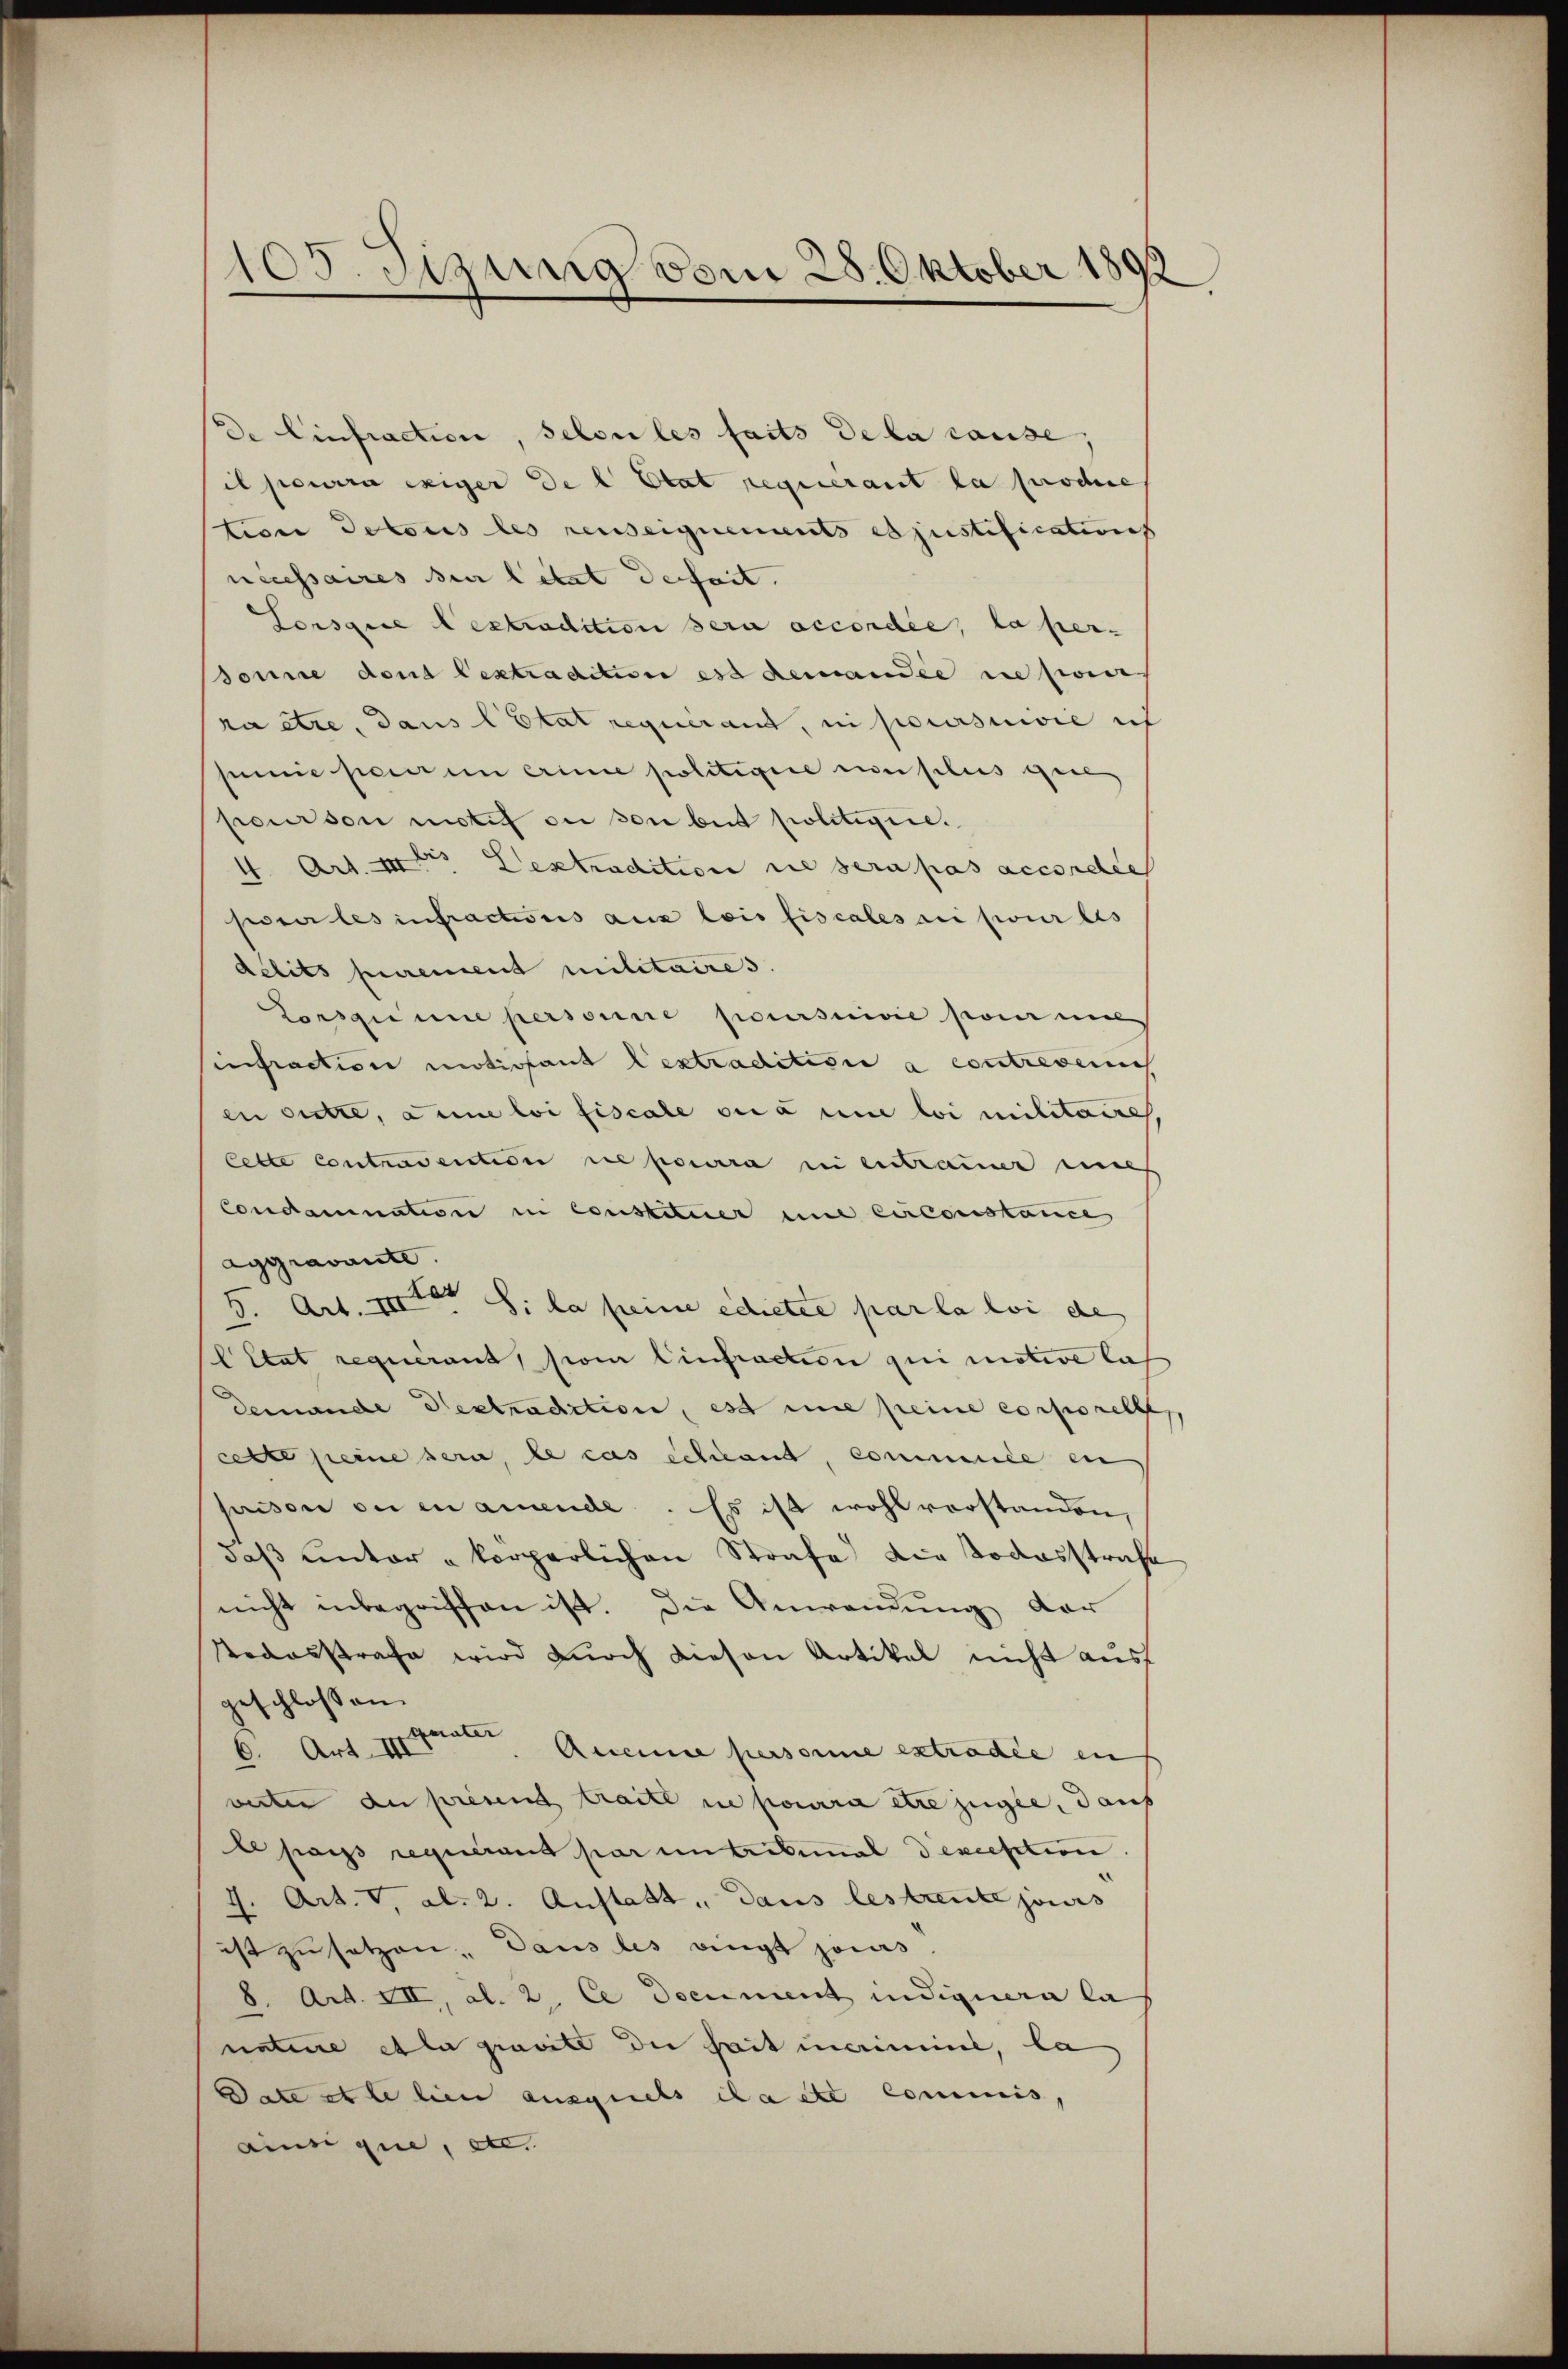
105. Sizung vom 28. Oktober 1892

De Einfraction, selon les faits de la cause,
il penera exiger de l Etat requerant la proche
tion detous les reuseignements es justifications
necessaires sur letat deheit.
Lorsque lextradition sera accordée, la per-
sonne dont bestradition est demandée ne pour
ra être, dans l’Etat requérant, in poursuivie ich
smieperin erine politigire einflus gei
pcurson motif ou son beit politizice.
4. Art. 4 Sextradition die sera pas accorde
poser les infractions aux lois fiscales au pour les
délits purement militaires.
Corspinne personne poursuivie por mi
sintraction motivfant lextradition a contreveni
en Sitte, anne loi fiscale ou à une loi militaire
lette contradention ne pourra in entrauer mach
Condamnation in constituier mit Circonstance
aggravante.
S. Art. Inter S. la peine edietée par la loi de
Etat requérant, son Einfraction qui motive lach
demande destradition, est eine peine corporelle
cette seine sera, le cas schaut, commise en
prison ou en amende. Es ist wohl vorstanden,
daß unter körperlichen Strafe die Todesstrafe
nicht inbegriffen ist. Die Anwendung der
Todesstrafe wird durch diesen Artikel nicht ausf
geschlossen.
C. Art. 1 unter Aucune personne extradie in
virter au preund traite in pourra être zugee, dans
le pas requerant par untribemal dexception
I. Art. V. al. 2. Anstatt, dans lestrente jouis
ist zu setzen. Dans les dingt joins.
8. Art. VII, al. 2. Ce Document indignern la
nature et la provite die sait meinen, la
Date et le lien ausguets da de Commis,
ainsi que, etc.